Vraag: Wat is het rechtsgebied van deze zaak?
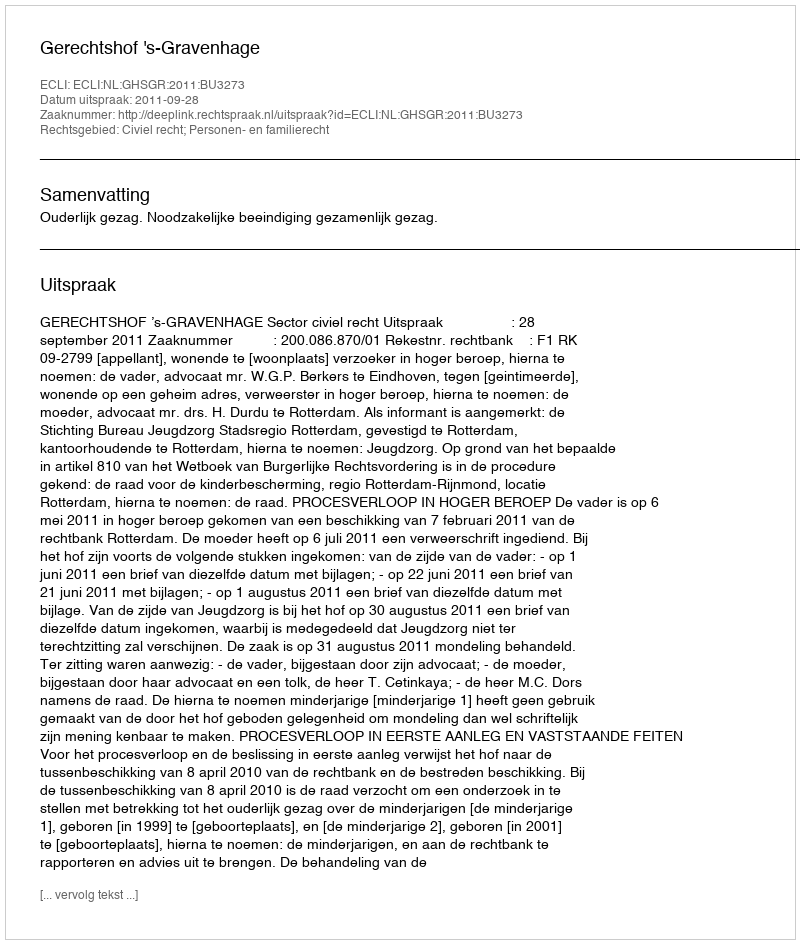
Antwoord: Civiel recht; Personen- en familierecht